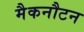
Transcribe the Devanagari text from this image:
मैकनौटन